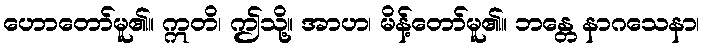
ဟောတော်မူ၏။ ဣတိ၊ ဤသို့။ အာဟ၊ မိန့်တော်မူ၏။ ဘန္တေ နာဂသေနာ၊